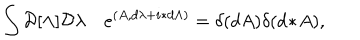
\int { \cal D } [ \Lambda ] { \cal D } \lambda \quad e ^ { ( A , d \lambda + i \ast d \Lambda ) } = \delta ( d A ) \delta ( d \! \ast \! A ) ,